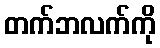
တက်ဘလက်ကို